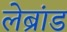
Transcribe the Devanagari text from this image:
लेब्रांड